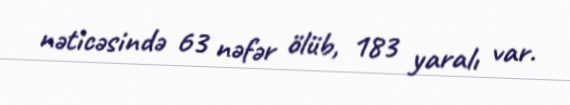
nəticəsində 63 nəfər ölüb, 183 yaralı var.